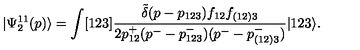
| \Psi _ { 2 } ^ { 1 1 } ( p ) \rangle = \int [ 1 2 3 ] \frac { \tilde { \delta } ( p - p _ { 1 2 3 } ) f _ { 1 2 } f _ { ( 1 2 ) 3 } } { 2 p _ { 1 2 } ^ { + } ( p ^ { - } - p _ { 1 2 3 } ^ { - } ) ( p ^ { - } - p _ { ( 1 2 ) 3 } ^ { - } ) } | 1 2 3 \rangle .